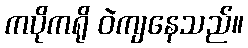
ကပိုကရို ဝဲကျနေသည်။